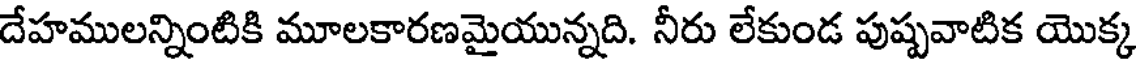
దేహములన్నింటికి మూలకారణమైయున్నది. నీరు లేకుండ పుష్పవాటిక యొక్క